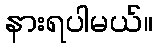
နားရပါမယ်။